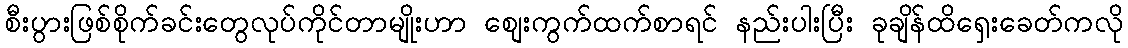
စီးပွားဖြစ်စိုက်ခင်းတွေလုပ်ကိုင်တာမျိုးဟာ စျေးကွက်ထက်စာရင် နည်းပါးပြီး ခုချိန်ထိရှေးခေတ်ကလို